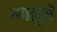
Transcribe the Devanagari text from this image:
मासुरे